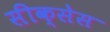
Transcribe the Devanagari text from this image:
सीक्सेस